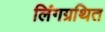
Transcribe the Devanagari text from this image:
लिंगग्रथित